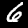
Digit: 6